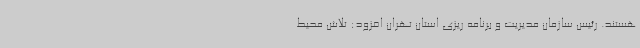
هستند. رئیس سازمان مدیریت و برنامه ریزی استان تهران افزود: تلاش محیط